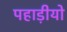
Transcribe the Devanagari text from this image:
पहाड़ीयो